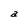
Character: a